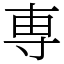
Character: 専